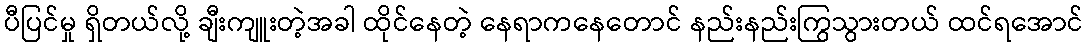
ပီပြင်မှု ရှိတယ်လို့ ချီးကျူးတဲ့အခါ ထိုင်နေတဲ့ နေရာကနေတောင် နည်းနည်းကြွသွားတယ် ထင်ရအောင်